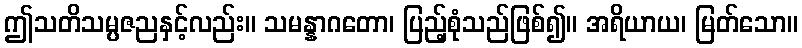
ဤသတိသမ္ပဇညနှင့်လည်း။ သမန္နာဂတော၊ ပြည့်စုံသည်ဖြစ်၍။ အရိယာယ၊ မြတ်သော။